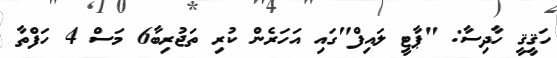
ހަޤީޤީ ހާދިސާ: "ޕާޓީ ލައިފް"ގައި އަހަރެން ކުރި ތަޖުރިބާ6 މަސް 4 ހަފްތާ